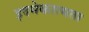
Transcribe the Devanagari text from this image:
इदमेकात्मता